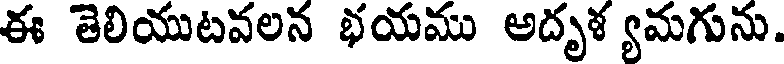
ఈ తెలియుటవలన భయము అదృళ యమగును.